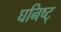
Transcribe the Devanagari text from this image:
घनिष्ट्